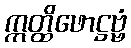
ဣတ္ထိဖောဋ္ဌဗ္ဗံ